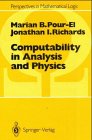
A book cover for Computability in Analysis and Physics (Perspectives in Mathematical Logic); Marian B. Pour-El; Science & Math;